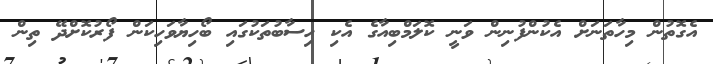
އެގޮތުން މިހާތަނަށް އެކުންފުނިން ވަނީ ކޮލަމްބިއާގެ އެކި ހިސާބުތަކުގައި ބޯހިޔާވަހިކަން ފޯރުކޮށްދޭ ތިން